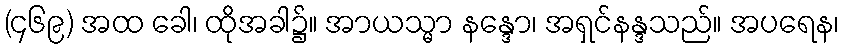
(၄၆၉) အထ ခေါ၊ ထိုအခါ၌။ အာယသ္မာ နန္ဒော၊ အရှင်နန္ဒသည်။ အပရေန၊